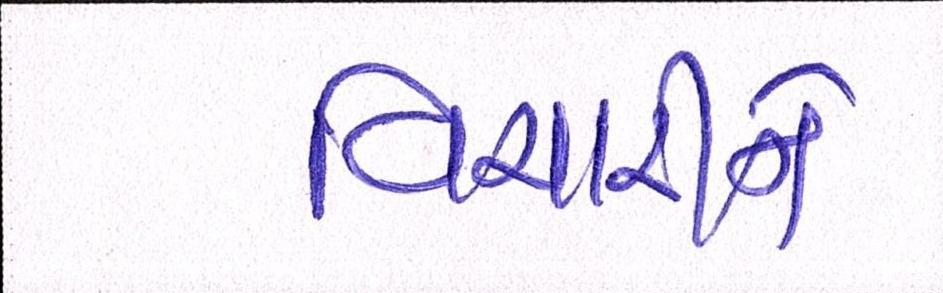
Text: વિચારીને